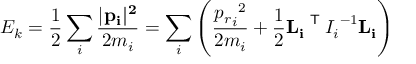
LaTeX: E _ { k } = { \frac { 1 } { 2 } } \sum _ { i } { \frac { | { \bf { { p } _ { i } | ^ { 2 } } } } { 2 m _ { i } } } = \sum _ { i } \left( { \frac { { { p _ { r } } _ { i } } ^ { 2 } } { 2 m _ { i } } } + { \frac { 1 } { 2 } } { \bf { { L } _ { i } } } ^ { \textsf { T } } { I _ { i } } ^ { - 1 } { \bf { { L } _ { i } } } \right)